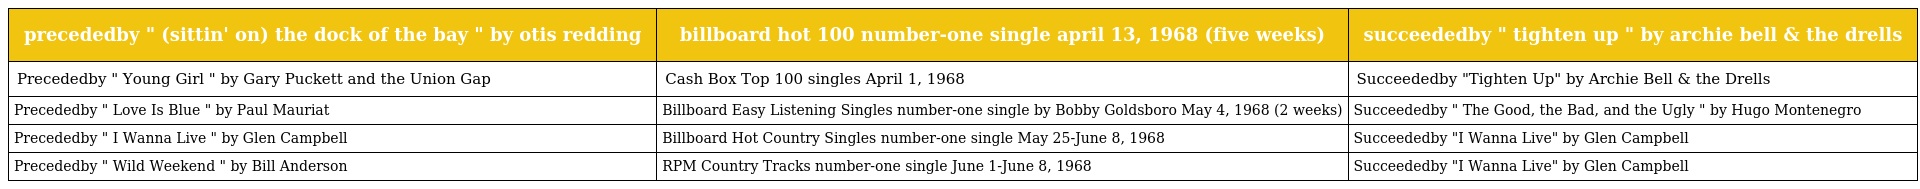
| precededby " (sittin' on) the dock of the bay " by otis redding | billboard hot 100 number-one single april 13, 1968 (five weeks) | succeededby " tighten up " by archie bell & the drells |
 | --- | --- | --- |
 | Precededby " Young Girl " by Gary Puckett and the Union Gap | Cash Box Top 100 singles April 1, 1968 | Succeededby "Tighten Up" by Archie Bell & the Drells |
 | Precededby " Love Is Blue " by Paul Mauriat | Billboard Easy Listening Singles number-one single by Bobby Goldsboro May 4, 1968 (2 weeks) | Succeededby " The Good, the Bad, and the Ugly " by Hugo Montenegro |
 | Precededby " I Wanna Live " by Glen Campbell | Billboard Hot Country Singles number-one single May 25-June 8, 1968 | Succeededby "I Wanna Live" by Glen Campbell |
 | Precededby " Wild Weekend " by Bill Anderson | RPM Country Tracks number-one single June 1-June 8, 1968 | Succeededby "I Wanna Live" by Glen Campbell |